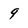
Character: 9